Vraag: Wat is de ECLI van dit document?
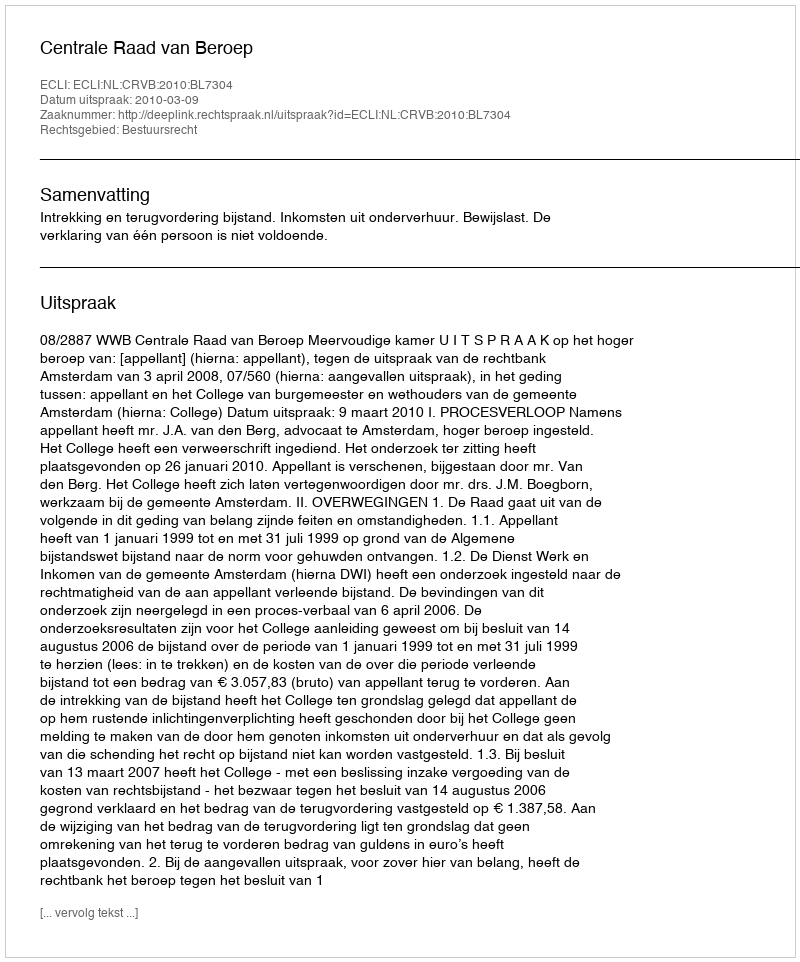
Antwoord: ECLI:NL:CRVB:2010:BL7304